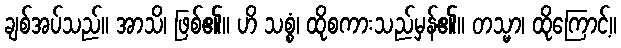
ချစ်အပ်သည်။ အာသိ၊ ဖြစ်၏။ ဟိ သစ္စံ၊ ထိုစကားသည်မှန်၏။ တသ္မာ၊ ထိုကြောင့်။